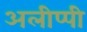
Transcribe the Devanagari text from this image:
अलीप्पी